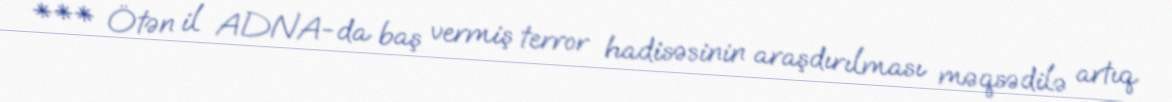
*** Ötən il ADNA-da baş vermiş terror hadisəsinin araşdırılması məqsədilə artıq